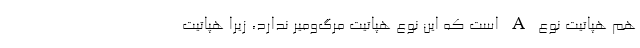
هم هپاتیت نوع A است که این نوع هپاتیت مرگ‌ومیر ندارد، زیرا هپاتیت